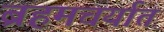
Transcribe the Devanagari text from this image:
ब्रहमचर्यात